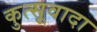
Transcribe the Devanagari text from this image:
कुत्सूवादा